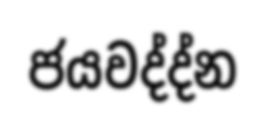
ජයවද්ද්න